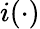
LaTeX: i(\cdot)